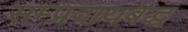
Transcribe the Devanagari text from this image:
सम्प्रदायबद्ध